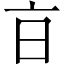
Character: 𣅀